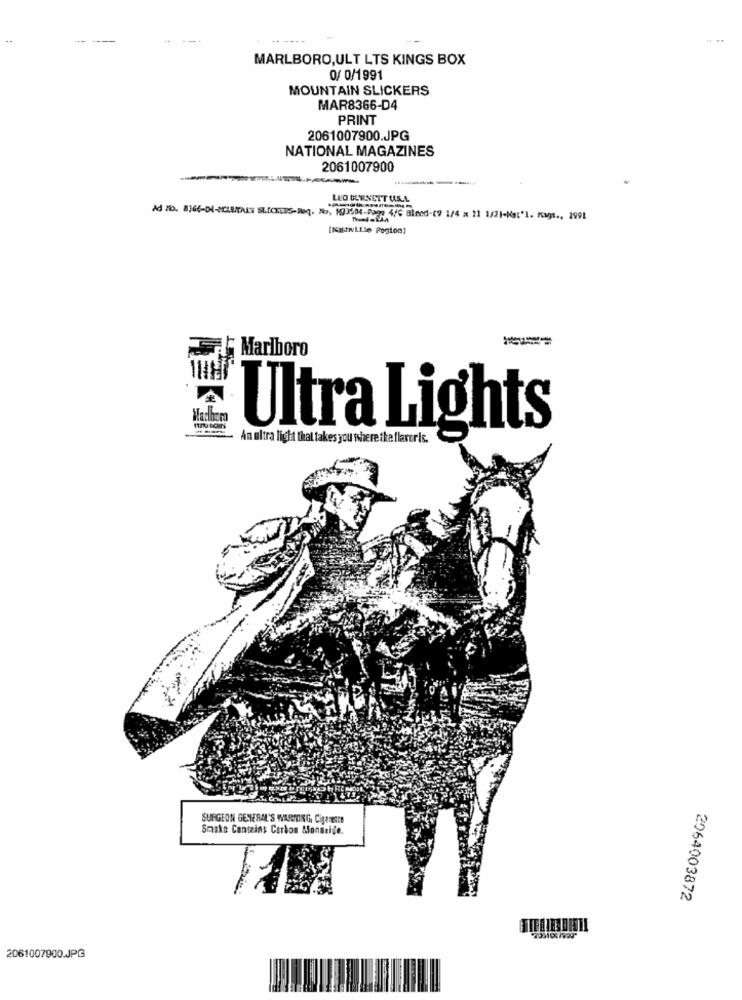
---
MARLBORO,ULT LTS KINGS BOX
0/ 0/1991
MOUNTAIN SLICKERS
MAR8366-D4
PRINT
2061007900.JPG
NATIONAL MAGAZINES
2061007900
LEO BURNETT U.S.
25-29 4/6 Blecd-(9 1/4 x 21 1/21-Nat'l. Kas ., 1991
(NEINLLip Pogton)
Marlboro
THAT
Marlboro
An ultra light that takes you where the flavoris.
Ultra Lights
SURGEON GENERAL'S WARTOING. CigarEtte
Smake Contains Carbon Alongside.
2064003872
2061007900_JPG